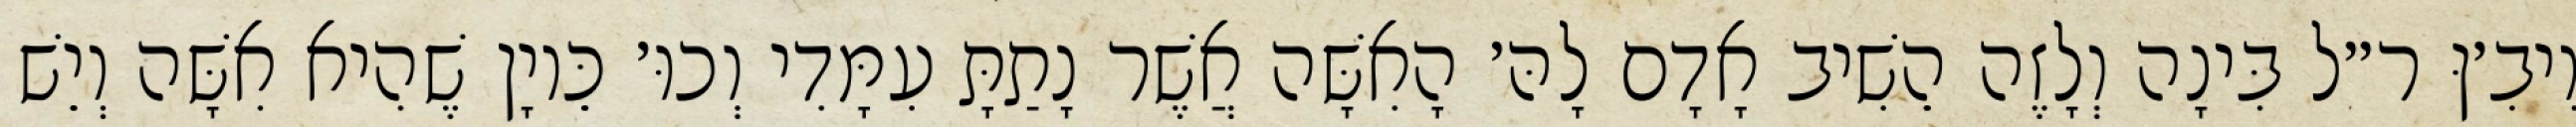
וִיבִ׳ןּ ר״ל בִּינָה וְלָזֶה הֵשִׁיב אָדָם לָהּ׳ הָאִשָּׁה אֲשֶׁר נָתַתָּ עִמָּדִי וְכוּ׳ כֵּיוָן שֶׁהִיא אִשָּׁה וְיֵשׁ